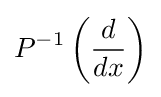
P^{-1}\left({d \over dx}\right)